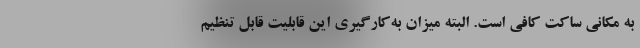
به مکانی ساکت کافی است. البته میزان به‌کارگیری این قابلیت قابل تنظیم